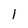
Character: 1